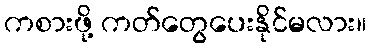
ကစားဖို့ ကတ်တွေပေးနိုင်မလား။